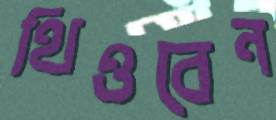
থিওবেন